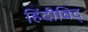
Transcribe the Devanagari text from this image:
हिंदीविद्‍